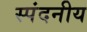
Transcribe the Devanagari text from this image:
स्पंदनीय